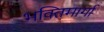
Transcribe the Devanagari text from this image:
भक्तिमार्गा